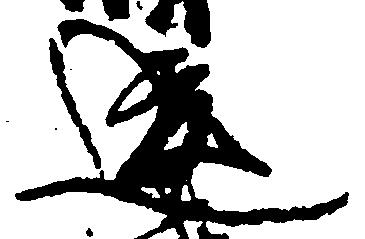
違